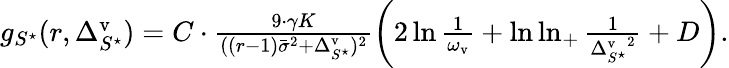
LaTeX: \begin{array}{r}{g_{S^{\star}}(r,\Delta_{S^{\star}}^{\mathrm{v}})=C\cdot\frac{9\cdot\gamma K}{((r-1)\bar{\sigma}^{2}+\Delta_{S^{\star}}^{\mathrm{v}})^{2}}\left(2\ln\frac{1}{\omega_{\mathrm{v}}}+\ln\ln_{+}\frac{1}{{\Delta_{S^{\star}}^{\mathrm{v}}}^{2}}+D\right).}\end{array}